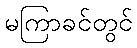
မကြာခင်တွင်